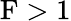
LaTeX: \textup{F}>1